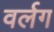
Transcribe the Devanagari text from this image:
वर्लग